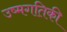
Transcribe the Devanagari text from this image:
उष्मगतिकी